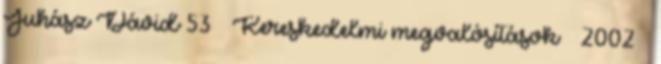
Juhász Dávid 53 Kereskedelmi megvalósítások ● 2002 –